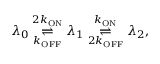
\lambda _ { 0 } \overset { 2 k _ { \mathrm { O N } } } { \underset { k _ { \mathrm { O F F } } } \rightleftharpoons } \lambda _ { 1 } \overset { k _ { \mathrm { O N } } } { \underset { 2 k _ { \mathrm { O F F } } } \rightleftharpoons } \lambda _ { 2 } ,